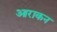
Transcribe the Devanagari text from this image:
आराकन